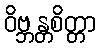
ဝိဗ္ဘန္တစိတ္တာ